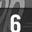
Digit: 6